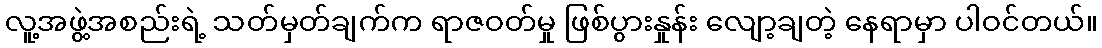
လူ့အဖွဲ့အစည်းရဲ့ သတ်မှတ်ချက်က ရာဇဝတ်မှု ဖြစ်ပွားနှုန်း လျော့ချတဲ့ နေရာမှာ ပါဝင်တယ်။